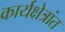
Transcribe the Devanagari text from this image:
कार्यक्षेत्रांत